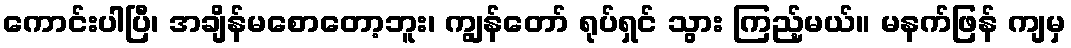
ကောင်းပါပြီ၊ အချိန်မစောတော့ဘူး၊ ကျွန်တော် ရုပ်ရှင် သွား ကြည့်မယ်။ မနက်ဖြန် ကျမှ